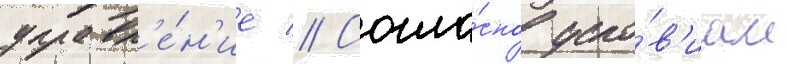
управл'е́н'ие // Согла́сно усло́в'иам